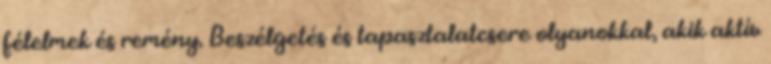
félelmek és remény. Beszélgetés és tapasztalatcsere olyanokkal, akik aktív